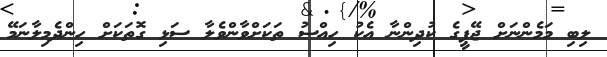
ލިބި މަމެންނަށް ޖޭޕީގެ ކުދިންނާ އެކު ހިއްސު ތަކަށްވާންވެލާ ސަޅި ގޮތަކަށް ހިންދެމިލާނަމޭ